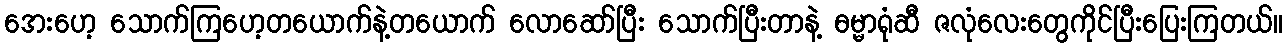
အေးဟေ့ သောက်ကြဟေ့တယောက်နဲ့တယောက် လောဆော်ပြီး သောက်ပြီးတာနဲ့ ဓမ္မာရုံဆီ ဇလုံလေးတွေကိုင်ပြီးပြေးကြတယ်။